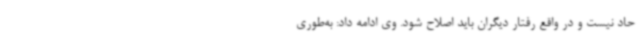
حاد نیست و در واقع رفتار دیگران باید اصلاح شود. وی ادامه داد: به‌طوری